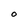
Character: 0